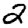
Digit: 2